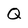
Character: Q